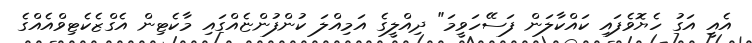
އެއީ އަގު ހެޔޮވެފައި ކައްކާލަން ފަސޭހަވީމަ" ދިއްލީގެ އަމިއްލަ ކުންފުންޏެއްގައި މާކެޓިން އެގްޒެކެޓިވްއެއްގެ